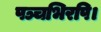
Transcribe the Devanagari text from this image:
पञ्चभिरपि।